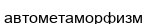
автометаморфизм